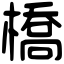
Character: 橋